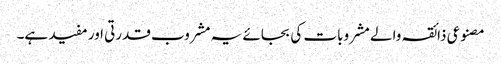
مصنوعی ذائقہ والے مشروبات کی بجائے یہ مشروب قدرتی اور مفید ہے۔